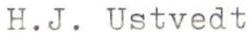
H.J. Ustvedt